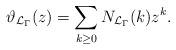
LaTeX: \begin{align*}\vartheta_{\mathcal L_\Gamma}(z)=\sum_{k\geq0} N_{\mathcal L_\Gamma}(k)z^k.\end{align*}